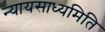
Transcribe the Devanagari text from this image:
न्यायसाध्यमिति